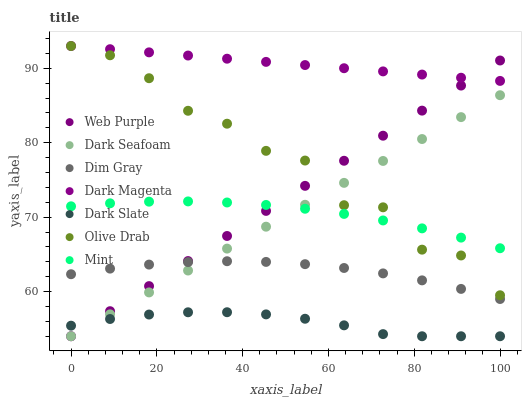
| xaxis_label | Web Purple | Dark Seafoam | Dim Gray | Dark Magenta | Dark Slate | Olive Drab | Mint |
 | --- | --- | --- | --- | --- | --- | --- | --- |
 | 0 | 54 | 54 | 62.3 | 93 | 55.4 | 93 | 71.5 |
 | 9.09 | 57.4 | 56.9 | 63.1 | 92.6 | 56.3 | 91.8 | 71.9 |
 | 18.2 | 60.7 | 59.9 | 63.6 | 92.1 | 56.9 | 88.7 | 72.1 |
 | 27.3 | 64.1 | 62.8 | 64 | 91.7 | 57.2 | 84.3 | 72.1 |
 | 36.4 | 67.5 | 65.8 | 64.1 | 91.3 | 57.2 | 82.6 | 72 |
 | 45.5 | 70.8 | 68.7 | 64 | 90.9 | 56.9 | 78.9 | 71.6 |
 | 54.5 | 74.2 | 71.7 | 63.7 | 90.4 | 56.4 | 77.6 | 71.1 |
 | 63.6 | 77.6 | 74.6 | 63.2 | 90 | 55.5 | 71.6 | 70.4 |
 | 72.7 | 80.9 | 77.6 | 62.4 | 89.6 | 54.3 | 71.3 | 69.6 |
 | 81.8 | 84.3 | 80.5 | 61.5 | 89.2 | 54 | 65.6 | 68.5 |
 | 90.9 | 87.7 | 83.4 | 60.4 | 88.7 | 54 | 64.9 | 67.3 |
 | 100 | 91.1 | 86.4 | 59 | 88.3 | 54 | 59.5 | 65.8 |